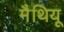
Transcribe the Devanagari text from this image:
मैथियू